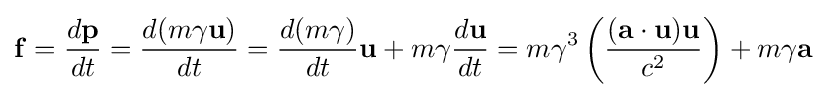
\mathbf {f} ={\frac {d\mathbf {p} }{dt}}={\frac {d(m\gamma \mathbf {u} )}{dt}}={\frac {d(m\gamma )}{dt}}\mathbf {u} +m\gamma {\frac {d\mathbf {u} }{dt}}=m\gamma ^{3}\left({\frac {(\mathbf {a} \cdot \mathbf {u} )\mathbf {u} }{c^{2}}}\right)+m\gamma \mathbf {a}